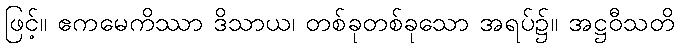
ဖြင့်။ ဧကမေကိဿာ ဒိသာယ၊ တစ်ခုတစ်ခုသော အရပ်၌။ အဋ္ဌဝီသတိ